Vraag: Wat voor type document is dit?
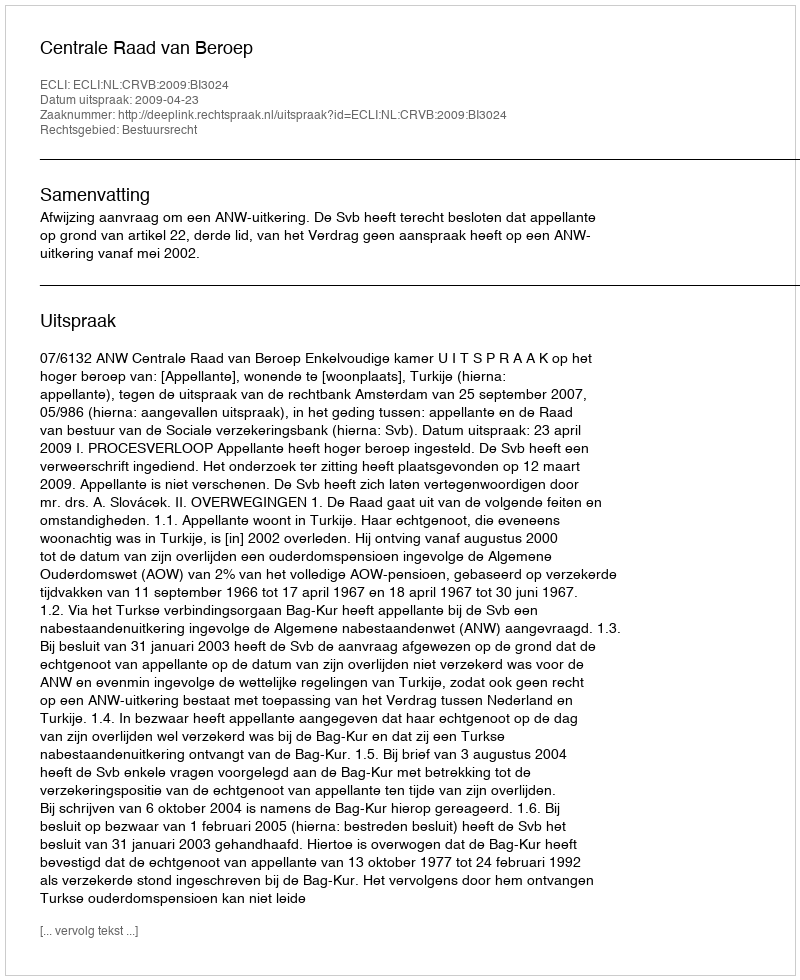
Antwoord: Uitspraak